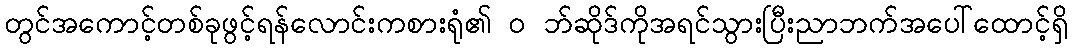
တွင်အကောင့်တစ်ခုဖွင့်ရန်လောင်းကစားရုံ၏ ၀ ဘ်ဆိုဒ်ကိုအရင်သွားပြီးညာဘက်အပေါ်ထောင့်ရှိ